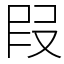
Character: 叚